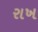
રાખ